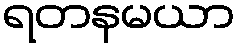
ရတနမယာ